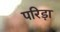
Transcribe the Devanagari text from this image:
परिड़ा